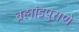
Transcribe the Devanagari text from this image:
ब्रह्मांडपुराणे